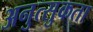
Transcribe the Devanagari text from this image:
अनुत्सुकता